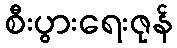
စီးပွားရေးဇုန်